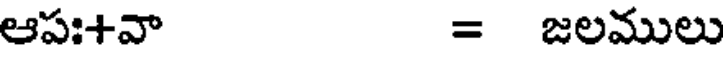
ఆపః+వా = జలములు